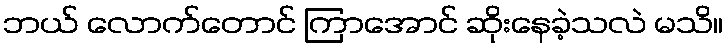
ဘယ် လောက်တောင် ကြာအောင် ဆိုးနေခဲ့သလဲ မသိ။